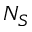
N _ { S }